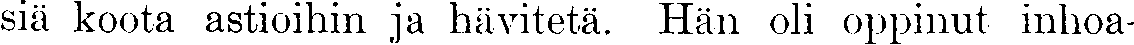
siä koota astioihin ja hävitetä. Hän oli oppinut inhoa-